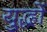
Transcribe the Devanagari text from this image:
यु्द्धों